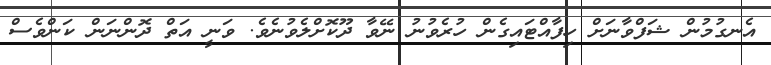
އެނގުމުން ޝަފްވާނަށް ހިފާއްޓައިގެން ހުރެވުނު ނޭވާ ދޫކޮށްލެވުނެވެ. ވަނީ އަތް ދޮންނަން ކަންވެސް